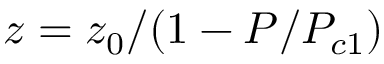
z = z _ { 0 } / ( 1 - P / P _ { c 1 } )